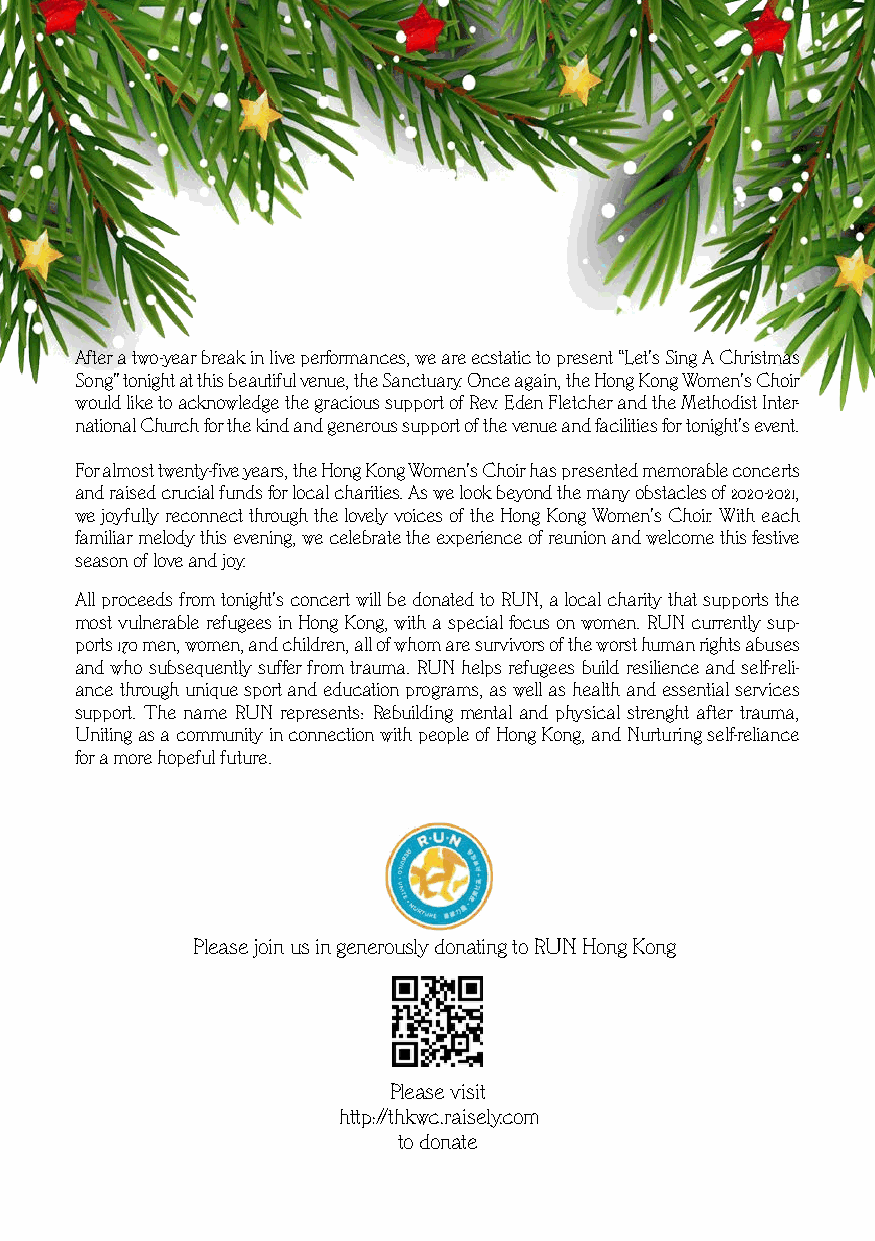
After a two-year break in live performances, we are ecstatic to present “Let’s Sing A Christmas
 Song” tonight at this beautiful venue, the Sanctuary. Once again, the Hong Kong Women’s Choir
 would like to acknowledge the gracious support of Rev. Eden Fletcher and the Methodist Inter-
 national Church for the kind and generous support of the venue and facilities for tonight’s event.
 For almost twenty-five years, the Hong Kong Women’s Choir has presented memorable concerts
 and raised crucial funds for local charities. As we look beyond the many obstacles of 2020-2021,
 we joyfully reconnect through the lovely voices of the Hong Kong Women’s Choir. With each
 familiar melody this evening, we celebrate the experience of reunion and welcome this festive
 season of love and joy.
 All proceeds from tonight’s concert will be donated to RUN, a local charity that supports the
 most vulnerable refugees in Hong Kong, with a special focus on women. RUN currently sup-
 ports 170 men, women, and children, all of whom are survivors of the worst human rights abuses
 and who subsequently suffer from trauma. RUN helps refugees build resilience and self-reli-
 ance through unique sport and education programs, as well as health and essential services
 support. The name RUN represents: Rebuilding mental and physical strenght after trauma,
 Uniting as a community in connection with people of Hong Kong, and Nurturing self-reliance
 for a more hopeful future.
 Please join us in generously donating to RUN Hong Kong
 Please visit
 http://thkwc.raisely.com
 to donate